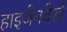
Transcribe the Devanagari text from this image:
हाइजेनवेर्ख